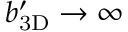
\ensuremath { b _ { \mathrm { 3 D } } ^ { \prime } } \rightarrow \infty